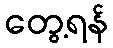
တွေ့ရန်